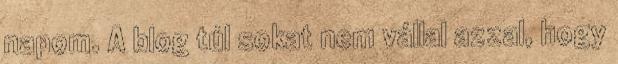
napom. A blog túl sokat nem vállal azzal, hogy